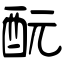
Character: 酛